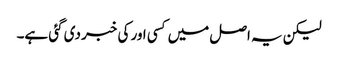
لیکن یہ اصل میں‌کسی اور کی خبر دی گئی ہے۔